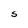
Character: S